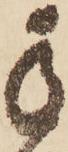
手